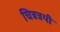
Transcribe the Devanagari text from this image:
चित्रत्रयी